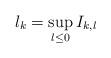
LaTeX: \begin{align*}\l_k=\sup\limits_{\l\le0}I_{k,\l}\end{align*}